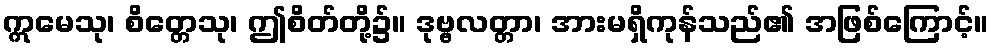
ဣမေသု၊ စိတ္တေသု၊ ဤစိတ်တို့၌။ ဒုဗ္ဗလတ္တာ၊ အားမရှိကုန်သည်၏ အဖြစ်ကြောင့်။